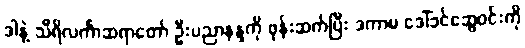
ဒါနဲ့ သီရိလင်္ကာဆရာတော် ဦးပညာနန္ဒကို ဖုန်းဆက်ပြီး ဒကာမ ဒေါ်ခင်ဆွေဝင်းကို